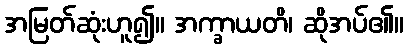
အမြတ်ဆုံးဟူ၍။ အက္ခာယတိ၊ ဆိုအပ်၏။